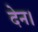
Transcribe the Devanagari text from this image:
देन।